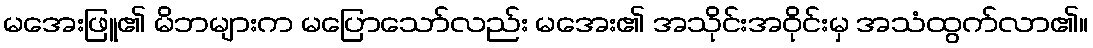
မအေးဖြူ၏ မိဘများက မပြောသော်လည်း မအေး၏ အသိုင်းအဝိုင်းမှ အသံထွက်လာ၏။